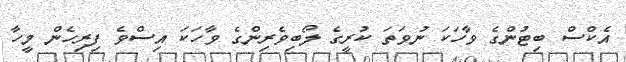
އެކްސް ބިޓުންގެ ވާހަކަ ނުވަތަ ކުރީގެ ލޯބިވެރިންގެ ވާހަކަ އިސްވެ ފިރިހެން މީހާ